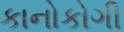
કાનોકોગી